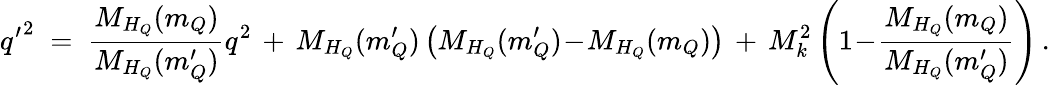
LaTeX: {q^{\prime}}^{2}\; =\; \frac{M_{H_{Q}}(m_{Q})}{M_{H_{Q}}(m_{Q}^{\prime})}q^{2}\, +\, M_{H_{Q}}(m_{Q}^{\prime})\left(M_{H_{Q}}(m_{Q}^{\prime})\! -\! M_{H_{Q}}(m_{Q})\right)\, +\, M_{k}^{2}\left(1\! -\! \frac{M_{H_{Q}}(m_{Q})}{M_{H_{Q}}(m_{Q}^{\prime})}\right)\, .